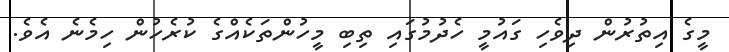
މީގެ އިތުރުން ދިވެހި ގައުމީ ހެދުމުގައި ތިބި މީހުންތަކެއްގެ ކުރެހުން ހިމެނެ އެވެ.